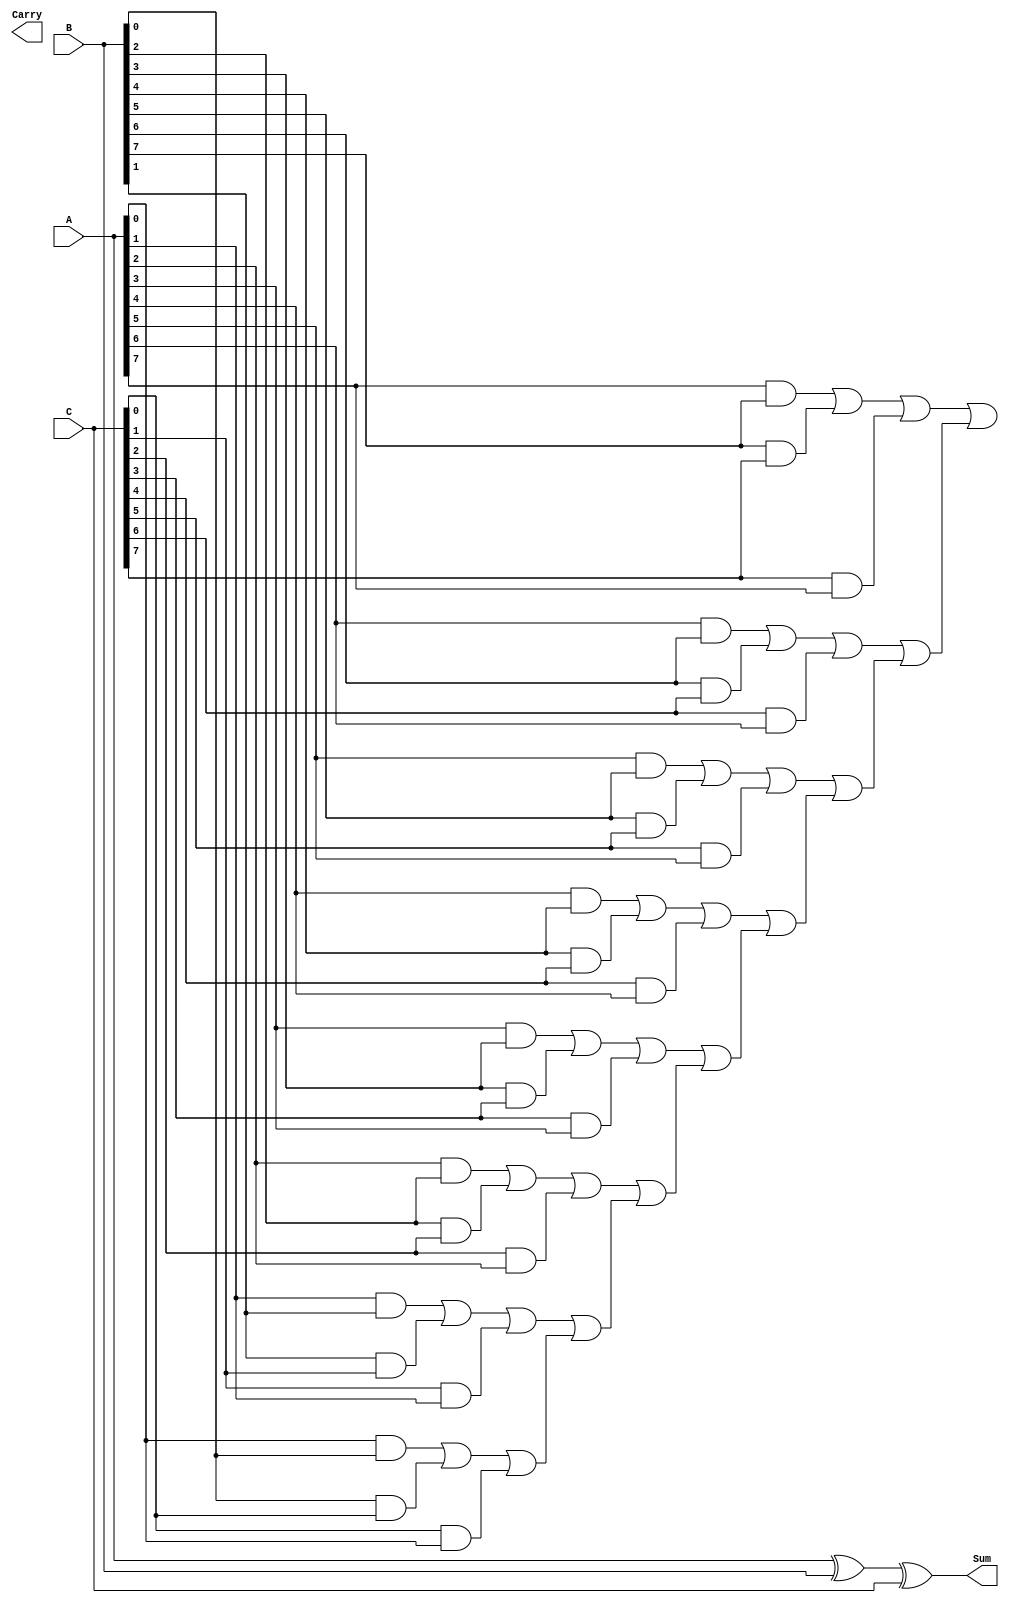
module CarrySaveAdder #(parameter n = 8) (
    input [n-1:0] A,      // First input
    input [n-1:0] B,      // Second input
    input [n-1:0] C,      // Third input
    output [n-1:0] Sum,   // Sum output
    output [n:0] Carry    // Carry output
);

    // Internal wire declaration for sum and carry bits
    wire [n-1:0] S;       // Sum bits
    wire [n:0] C_temp;    // Temporary carry bits

    // Calculate sum bits using XOR operation
    assign S = A ^ B ^ C;

    // Calculate carry bits for each bit position
    genvar i;
    generate
        for (i = 0; i < n; i = i + 1) begin : carry_generation
            if (i == 0) begin
                assign C_temp[i+1] = (A[i] & B[i]) | (B[i] & C[i]) | (C[i] & A[i]);
            end else begin
                assign C_temp[i+1] = (A[i] & B[i]) | (B[i] & C[i]) | (C[i] & A[i]) | C_temp[i];
            end
        end
    endgenerate

    // Assign the final outputs
    assign Sum = S;
    assign Carry = C_temp;

endmodule